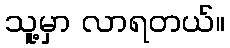
သူ့မှာ လာရတယ်။